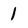
Character: 1